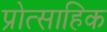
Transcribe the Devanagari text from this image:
प्रोत्साहिक